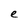
Character: e